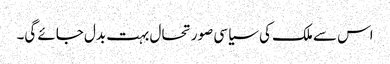
اس سے ملک کی سیاسی صورتحال بہت بدل جائے گی۔